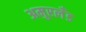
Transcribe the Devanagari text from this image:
अमुरलँंड